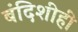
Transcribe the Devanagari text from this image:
बंदिशीही